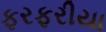
ફરફરીયા